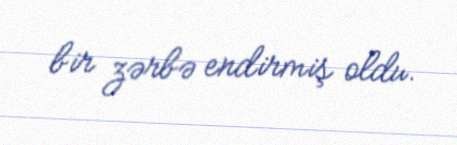
bir zərbə endirmiş oldu.